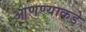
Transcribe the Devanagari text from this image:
आणण्याकडे